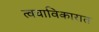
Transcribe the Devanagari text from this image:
त्वचाविकारात